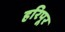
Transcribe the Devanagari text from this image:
हरिपूर